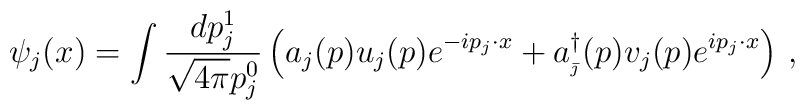
\psi _{j}(x)=\int \frac{dp_{j}^{1}}{\sqrt{4\pi }p_{j}^{0}}\left(a_{j}(p)u_{j}(p)e^{-ip_{j}\cdot x}+a_{_{\bar{\jmath}}}^{\dagger}(p)v_{j}(p)e^{ip_{j}\cdot x}\right) \,,\qquad